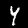
Label: 4